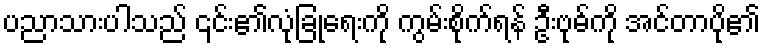
ပညာသားပါသည် ၎င်း၏လုံခြုံရေးကို ကွမ်းစိုက်ရန် ဦးဗုဓ်ကို အင်တာပို၏